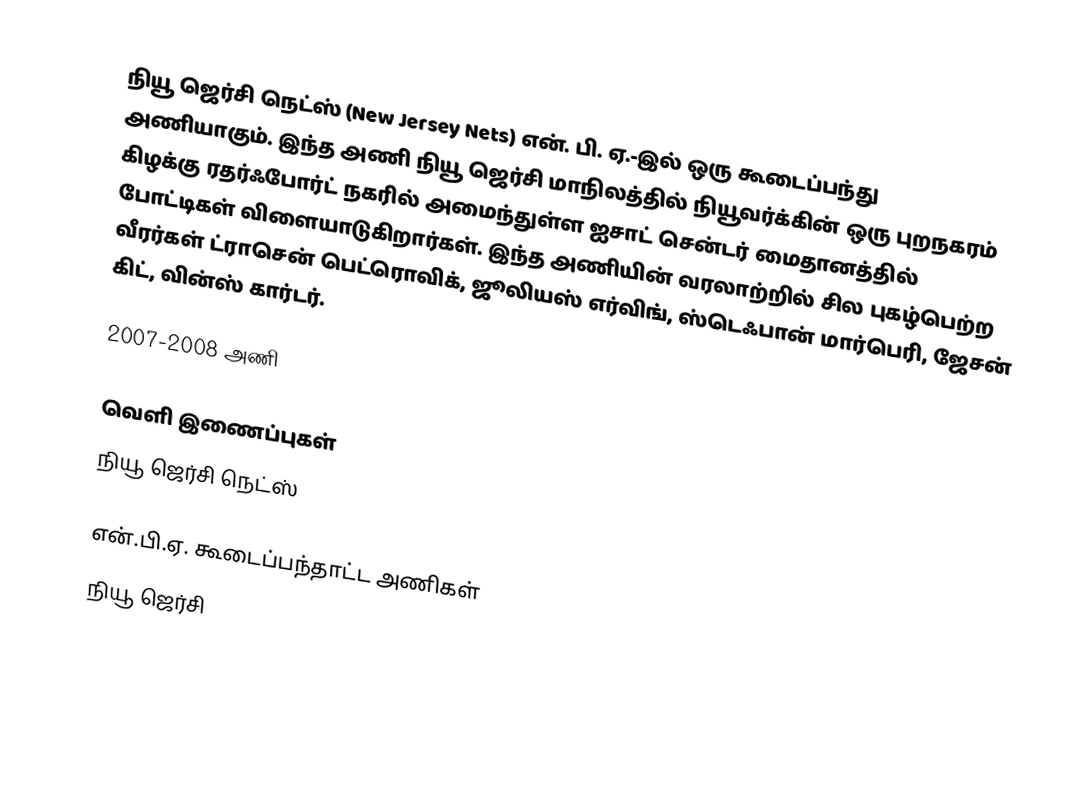
நியூ ஜெர்சி நெட்ஸ் (New Jersey Nets) என். பி. ஏ.-இல் ஒரு கூடைப்பந்து அணியாகும். இந்த அணி நியூ ஜெர்சி மாநிலத்தில் நியூவர்க்கின் ஒரு புறநகரம் கிழக்கு ரதர்ஃபோர்ட் நகரில் அமைந்துள்ள  ஐசாட் சென்டர் மைதானத்தில் போட்டிகள் விளையாடுகிறார்கள். இந்த அணியின் வரலாற்றில் சில புகழ்பெற்ற வீரர்கள் ட்ராசென் பெட்ரொவிக், ஜூலியஸ் எர்விங், ஸ்டெஃபான் மார்பெரி, ஜேசன் கிட், வின்ஸ் கார்டர்.

2007-2008 அணி

வெளி இணைப்புகள்
 நியூ ஜெர்சி நெட்ஸ்

என்.பி.ஏ. கூடைப்பந்தாட்ட அணிகள்
நியூ ஜெர்சி